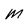
Character: m